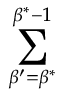
\sum _ { \beta ^ { \prime } = \beta ^ { * } } ^ { \beta ^ { * } - 1 }